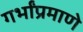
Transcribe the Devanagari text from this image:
गर्भांप्रमाणे